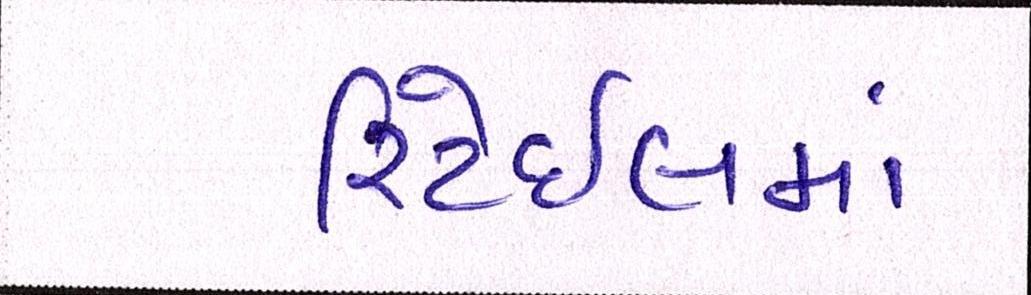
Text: રિટેઈલમાં